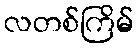
လတစ်ကြိမ်